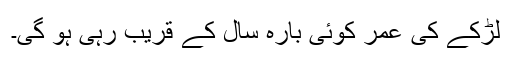
لڑکے کی عمر کوئی بارہ سال کے قریب رہی ہو گی۔